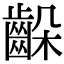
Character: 𪘉